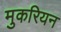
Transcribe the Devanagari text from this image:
मुकरियन